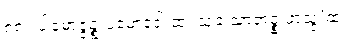
၈၈။ ပါမောဇ္ဇဉ္စ ပမောဒေါ ထ၊ သုခံ သာတဉ္စ ဖာသွ’ထ။